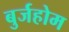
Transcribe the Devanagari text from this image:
बुर्जहोम